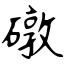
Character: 礅